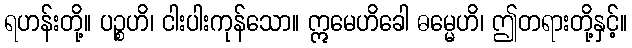
ရဟန်းတို့။ ပဉ္စဟိ၊ ငါးပါးကုန်သော။ ဣမေဟိခေါ ဓမ္မေဟိ၊ ဤတရားတို့နှင့်။